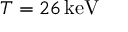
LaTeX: T = 2 6 \, \mathrm { k e V }